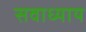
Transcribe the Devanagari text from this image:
सवाध्याय